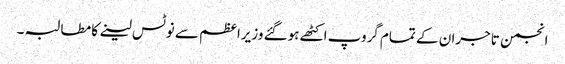
انجمن تاجران کے تمام گروپ اکٹھے ہوگئے وزیراعظم سے نوٹس لینے کا مطالبہ ۔